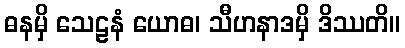
ဓနမှိ သေဠနံ ယောဓ၊ သီဟနာဒမှိ ဒိဿတိ။